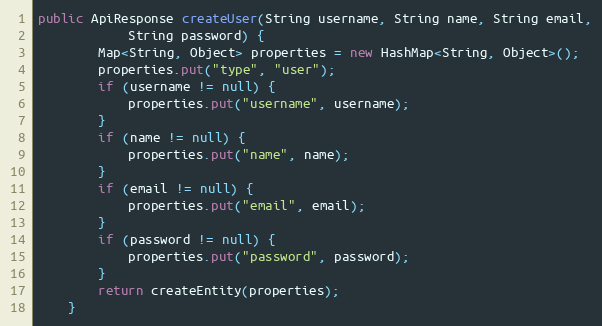
Language: Java
public ApiResponse createUser(String username, String name, String email,
            String password) {
        Map<String, Object> properties = new HashMap<String, Object>();
        properties.put("type", "user");
        if (username != null) {
            properties.put("username", username);
        }
        if (name != null) {
            properties.put("name", name);
        }
        if (email != null) {
            properties.put("email", email);
        }
        if (password != null) {
            properties.put("password", password);
        }
        return createEntity(properties);
    }